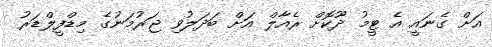
އަށް ގެނައީ އެ ޓީމު ދޫކޮށް ރެއާލް އަށް ބަދަލުވި ޖަރުމަނުގެ މިޑްފީލްޑަރު